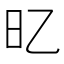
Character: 𣄻